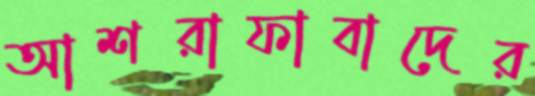
আশরাফাবাদের